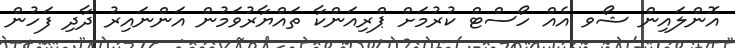
އޮންލައިން ޝޯވ އެއް ހޯސްޓް ކުރުމަށް ޕްރިއަންކާ ތައްޔާރުވަމުން އަންނައިރު ދާދި ފަހުން